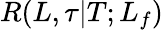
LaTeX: R(L,\tau|T;L_{f})